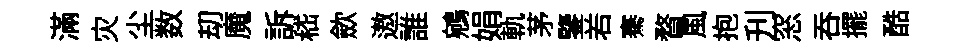
滿灾尘数刧魔訴嵇歛遨誰鵷娟軌茅鑒𠰥騫瞀風抱刋窓吞擺酷